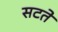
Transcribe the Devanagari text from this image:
सटते